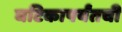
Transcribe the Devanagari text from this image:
घटिकापर्यंतची